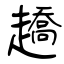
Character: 趫